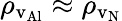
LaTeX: \rho_{\mathrm{v_{Al}}}\approx\rho_{\mathrm{v_{N}}}